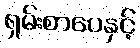
ရှမ်းစာပေနှင့်